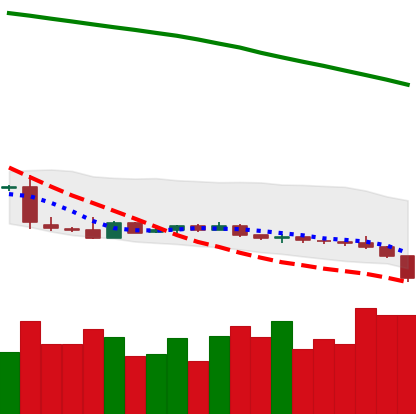
Ticker: XLM-USD
Chart end date: 2019-01-28
Forward return: -5.476%
Label: down_5_7